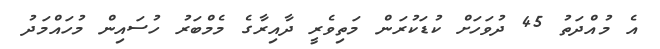
އެ މުއްދަތު 45 ދުވަހަށް ކުޑަކުރަން މަތިވެރީ ދާއިރާގެ މެމްބަރު ހުސައިން މުހައްމަދު